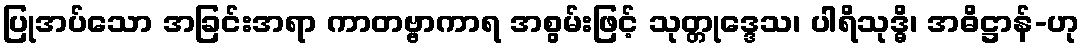
ပြုအပ်သော အခြင်းအရာ ကာတဗ္ဗာကာရ အစွမ်းဖြင့် သုတ္တုဒ္ဒေသ၊ ပါရိသုဒ္ဓိ၊ အဓိဋ္ဌာန်-ဟု